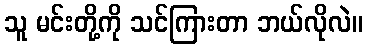
သူ မင်းတို့ကို သင်ကြားတာ ဘယ်လိုလဲ။